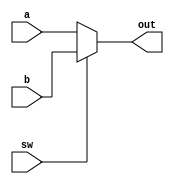
`timescale 1ns / 1ps
//////////////////////////////////////////////////////////////////////////////////
// Company: 
// Engineer: 
// 
// Design Name: 
// Module Name:    Mux6bit 
// Project Name: 
// Target Devices: 
// Tool versions: 
// Description: 
//
// Dependencies: 
//
// Revision: 
// Revision 0.01 - File Created
// Additional Comments: 
//
//////////////////////////////////////////////////////////////////////////////////
module Mux6bit(
    input [5:0]a,
    input [5:0]b,
    input sw,
    output [5:0]out
    );

assign out=sw?b:a;		//1:b   0:a
endmodule